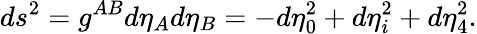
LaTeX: ds^{2}=g^{AB}d\eta_{A}d\eta_{B}=-d\eta_{0}^{2}+d\eta_{i}^{2}+d\eta_{4}^{2}.